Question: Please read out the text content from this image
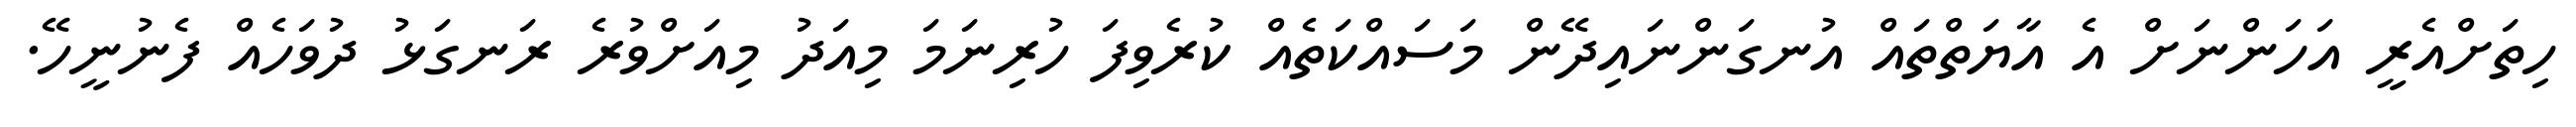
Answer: ހިތަށްއެރީ އަހަންނަށް އެ އާޔަތްތައް އުނގަންނައިދޭން މަސައްކަތެއް ކުރެވިފަ ހުރިނަމަ މިއަދު މިއަށްވުރެ ރަނގަޅު ދުވަހެއް ފެނުނީހޭ.